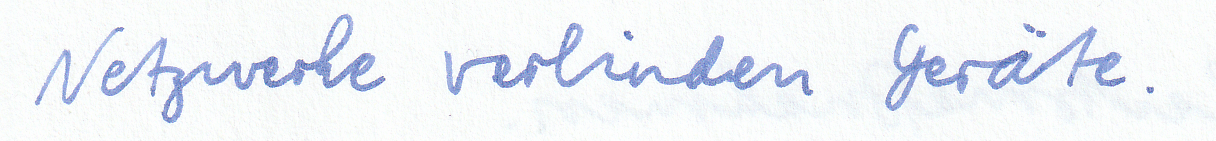
Netzwerke verbinden Geräte.